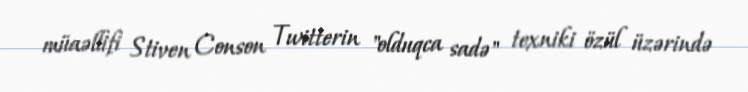
müaəllifi Stiven Conson Twitterin "olduqca sadə" texniki özül üzərində